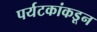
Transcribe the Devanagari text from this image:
पर्यटकांकडून